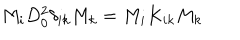
M _ { i } D _ { 0 } ^ { 2 } \delta _ { i k } M _ { k } = M _ { i } K _ { i k } M _ { k }